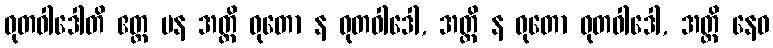
ဓုတဝါဒေါတိ ဧတ္ထ ပန အတ္ထိ ဓုတော န ဓုတဝါဒေါ, အတ္ထိ န ဓုတော ဓုတဝါဒေါ, အတ္ထိ နေဝ